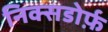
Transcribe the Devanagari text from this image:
निक्सडोर्फ़